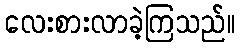
လေးစားလာခဲ့ကြသည်။